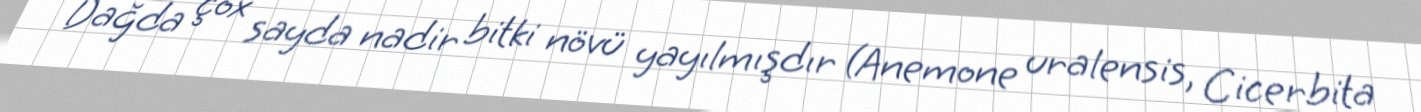
Dağda çox sayda nadir bitki növü yayılmışdır (Anemone uralensis, Cicerbita